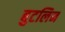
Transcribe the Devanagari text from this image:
बुटलिन